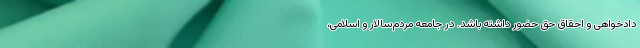
دادخواهی و احقاق حق حضور داشته باشد. در جامعه مردم‌سالار و اسلامی،